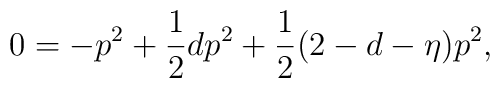
0=-p^2+\frac{1}{2}dp^2+\frac{1}{2}(2-d-\eta)p^2,